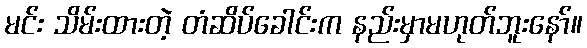
မင်း သိမ်းထားတဲ့ တံဆိပ်ခေါင်းက နည်းမှာမဟုတ်ဘူးနော်။